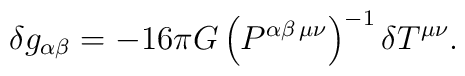
\delta g_{\alpha\beta} = -16\pi G \left(P^{\alpha\beta \,\mu\nu}\right)^{-1}\delta T^{\mu\nu}.